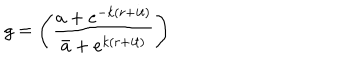
LaTeX: g = \Biggl ( { \frac { a + e ^ { - k ( r + i t ) } } { \bar { a } + e ^ { k ( r + i t ) } } } \Biggr )